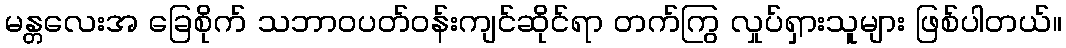
မန္တလေးအ ခြေစိုက် သဘာဝပတ်ဝန်းကျင်ဆိုင်ရာ တက်ကြွ လှုပ်ရှားသူများ ဖြစ်ပါတယ်။